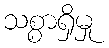
သစ္စာရှိမှု